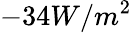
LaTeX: -34W/m^{2}